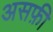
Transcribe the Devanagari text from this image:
असफ़ी